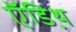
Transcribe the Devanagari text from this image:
ऍडिथ़